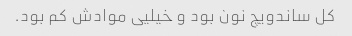
کل ساندویچ نون بود و خیلیی موادش کم بود.